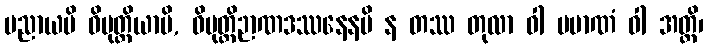
ပညာယပိ ဝိမုတ္တိယာပိ, ဝိမုတ္တိဉာဏဒဿနေနပိ န တဿ တုလာ ဝါ ပမာဏံ ဝါ အတ္ထိ၊